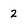
Character: 2